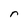
Character: r